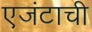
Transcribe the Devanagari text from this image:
एजंटाची